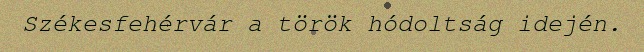
Székesfehérvár a török hódoltság idején.